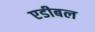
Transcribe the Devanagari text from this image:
एडीबल